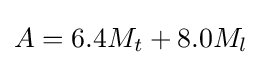
A=6.4M_{t}+8.0M_{l}